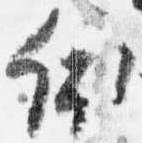
依